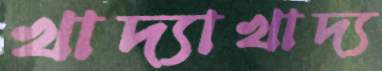
খাদ্যাখাদ্য